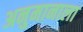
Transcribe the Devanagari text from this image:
अनुमानाला